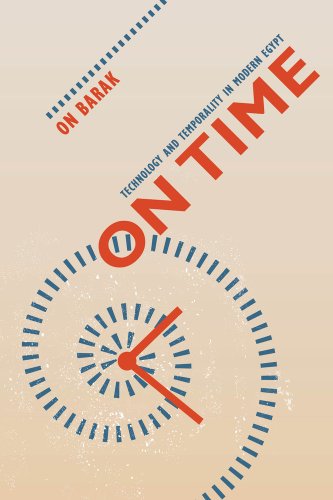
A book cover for On Time: Technology and Temporality in Modern Egypt; On Barak; History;